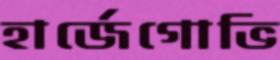
হার্জেগোভি